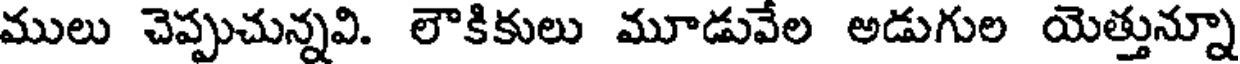
ములు చెప్పుచున్నవి. లౌకికులు మూడువేల అడుగుల యెత్తున్నూ